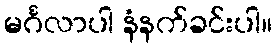
မင်္ဂလာပါ နံနက်ခင်းပါ။